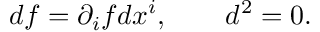
d f = \partial _ { i } f d x ^ { i } , \qquad d ^ { 2 } = 0 .